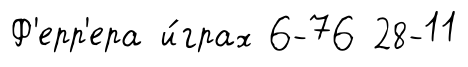
Ф'ерр'ера и́грах 6-76 28-11